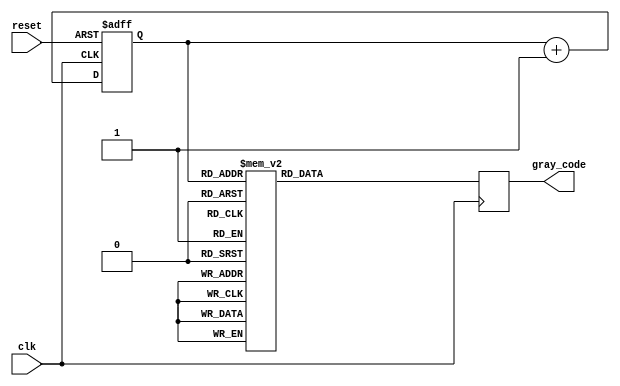
module gray_counter
(
    input wire clk,
    input wire reset,
    output reg [3:0] gray_code
);

reg [3:0] binary_counter;

always @(posedge clk or posedge reset)
begin
    if (reset)
        binary_counter <= 4'b0000;
    else
        binary_counter <= binary_counter + 1;
end

always @(posedge clk)
begin
    case (binary_counter)
        4'b0000: gray_code <= 4'b0000;
        4'b0001: gray_code <= 4'b0001;
        4'b0010: gray_code <= 4'b0011;
        4'b0011: gray_code <= 4'b0010;
        4'b0100: gray_code <= 4'b0110;
        4'b0101: gray_code <= 4'b0111;
        4'b0110: gray_code <= 4'b0101;
        4'b0111: gray_code <= 4'b0100;
        4'b1000: gray_code <= 4'b1100;
        4'b1001: gray_code <= 4'b1101;
        4'b1010: gray_code <= 4'b1111;
        4'b1011: gray_code <= 4'b1110;
        4'b1100: gray_code <= 4'b1010;
        4'b1101: gray_code <= 4'b1011;
        4'b1110: gray_code <= 4'b1001;
        4'b1111: gray_code <= 4'b1000;
    endcase
end

endmodule